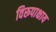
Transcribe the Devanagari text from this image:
विरूपाक्षाय